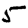
Digit: 5